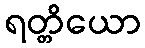
ရတ္တိယော